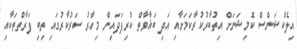
އިލެކްޝަންސް ކޮމިޝަަނަށް އިތުބާރުކުރާކަމަށާއި އަދި ބަޣާވާތް ކުރިފަދައިން މިހާރު ސަރުކާރުގައި ތިބި ފަރާތްތަކާއި